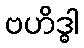
ဗဟိဒ္ဓါ